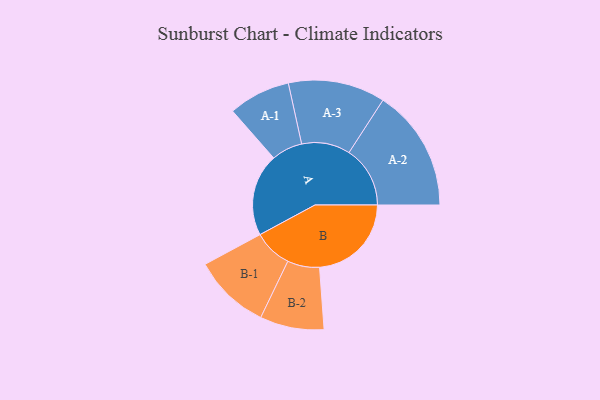
{"axis": {"x": "Segment", "y": "Value"}, "legend": ["", "A", "B"], "data": [{"x": "A", "y": 386, "type": ""}, {"x": "B", "y": 430, "type": ""}, {"x": "A-1", "y": 145, "type": "A"}, {"x": "A-2", "y": 286, "type": "A"}, {"x": "A-3", "y": 227, "type": "A"}, {"x": "B-1", "y": 180, "type": "B"}, {"x": "B-2", "y": 150, "type": "B"}]}